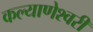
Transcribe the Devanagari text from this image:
कल्‍याणेश्‍वरी